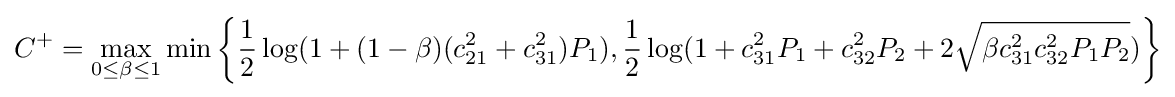
C^{+}=\max _{0\leq \beta \leq 1}\min \left\{{\frac {1}{2}}\log(1+(1-\beta )(c_{21}^{2}+c_{31}^{2})P_{1}),{\frac {1}{2}}\log(1+c_{31}^{2}P_{1}+c_{32}^{2}P_{2}+2{\sqrt {\beta c_{31}^{2}c_{32}^{2}P_{1}P_{2}}})\right\}